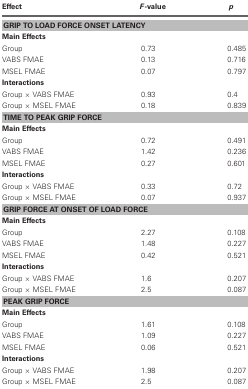
| Effect | F-value | p |
 | --- | --- | --- |
 | <COLSPAN=3> GRIP TO LOAD FORCE ONSET LATENCY |
 | <COLSPAN=3> Main Effects |
 | Group | 0.73 | 0.485 |
 | VABS FMAE | 0.13 | 0.716 |
 | MSEL FMAE | 0.07 | 0.797 |
 | <COLSPAN=3> Interactions |
 | Group × VABS FMAE | 0.93 | 0.4 |
 | Group × MSEL FMAE | 0.18 | 0.839 |
 | <COLSPAN=3> TIME TO PEAK GRIP FORCE |
 | <COLSPAN=3> Main Effects |
 | Group | 0.72 | 0.491 |
 | VABS FMAE | 1.42 | 0.236 |
 | MSEL FMAE | 0.27 | 0.601 |
 | <COLSPAN=3> Interactions |
 | Group × VABS FMAE | 0.33 | 0.72 |
 | Group × MSEL FMAE | 0.07 | 0.937 |
 | <COLSPAN=3> GRIP FORCE AT ONSET OF LOAD FORCE |
 | <COLSPAN=3> Main Effects |
 | Group | 2.27 | 0.108 |
 | VABS FMAE | 1.48 | 0.227 |
 | MSEL FMAE | 0.42 | 0.521 |
 | <COLSPAN=3> Interactions |
 | Group × VABS FMAE | 1.6 | 0.207 |
 | Group × MSEL FMAE | 2.5 | 0.087 |
 | <COLSPAN=3> PEAK GRIP FORCE |
 | <COLSPAN=3> Main Effects |
 | Group | 1.61 | 0.108 |
 | VABS FMAE | 1.09 | 0.227 |
 | MSEL FMAE | 0.06 | 0.521 |
 | <COLSPAN=3> Interactions |
 | Group × VABS FMAE | 1.98 | 0.207 |
 | Group × MSEL FMAE | 2.5 | 0.087 |